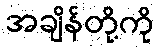
အချိန်တို့ကို